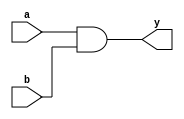
module gate(a, b, y);
input a, b;
output y;
assign y = a & b;
endmodule